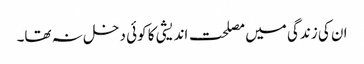
ان کی زندگی میں مصلحت اندیشی کا کوئی دخل نہ تھا۔